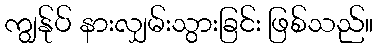
ကျွန်ုပ် နားလျှမ်းသွားခြင်း ဖြစ်သည်။